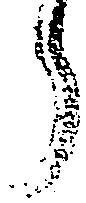
ら